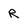
Character: R